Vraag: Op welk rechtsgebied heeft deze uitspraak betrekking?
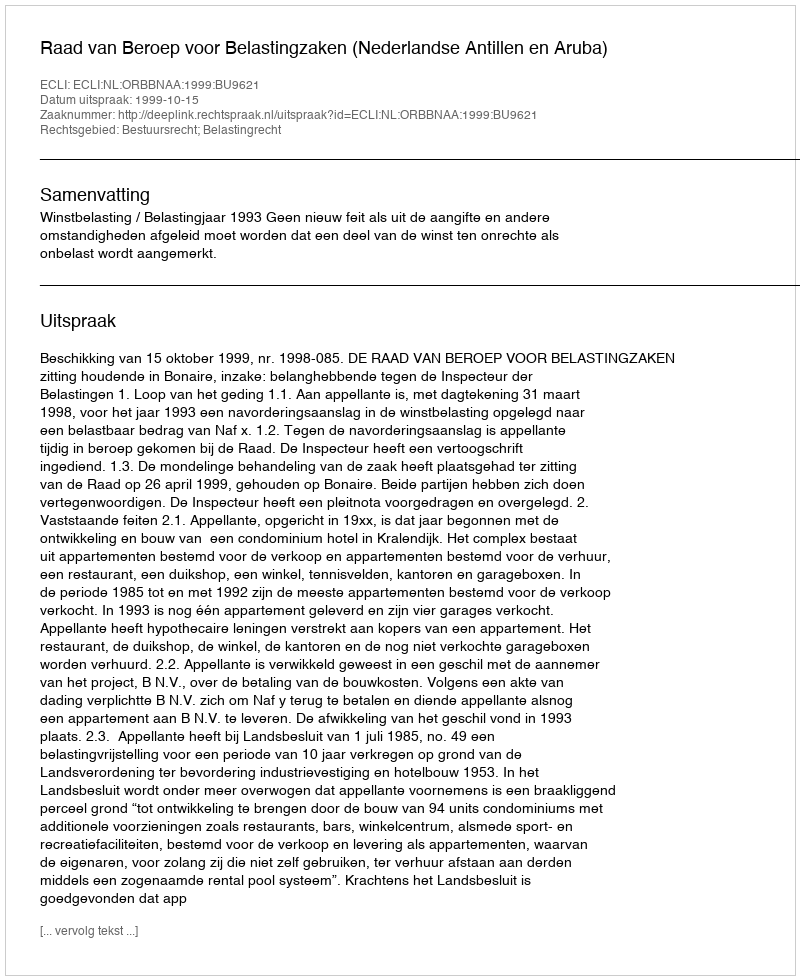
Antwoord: Bestuursrecht; Belastingrecht